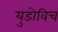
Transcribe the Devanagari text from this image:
युडोविच